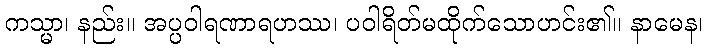
ကသ္မာ၊ နည်း။ အပ္ပဝါရဏာရဟဿ၊ ပဝါရိတ်မထိုက်သောဟင်း၏။ နာမေန၊